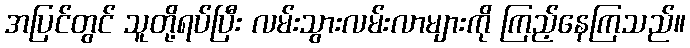
အပြင်တွင် သူတို့ရပ်ပြီး လမ်းသွားလမ်းလာများကို ကြည့်နေကြသည်။